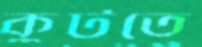
কুটতে